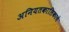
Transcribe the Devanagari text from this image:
अनियतकालिकाचे